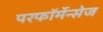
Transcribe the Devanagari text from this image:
परफॉर्मेन्सेज